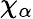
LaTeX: \chi_{\alpha}